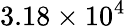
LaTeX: \mathrm{3.18\times 10^{4}}